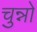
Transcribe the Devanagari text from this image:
चुन्नो